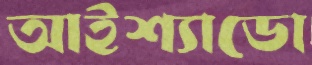
আইশ্যাডো